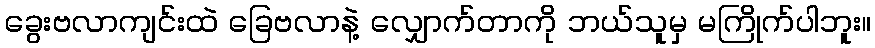
ခွေးဗလာကျင်းထဲ ခြေဗလာနဲ့ လျှောက်တာကို ဘယ်သူမှ မကြိုက်ပါဘူး။